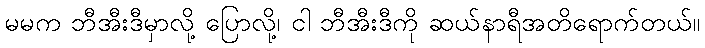
မမက ဘီအီးဒီမှာလို့ ပြောလို့၊ ငါ ဘီအီးဒီကို ဆယ်နာရီအတိရောက်တယ်။